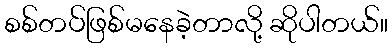
စစ်တပ်ဖြစ်မနေခဲ့တာလို့ ဆိုပါတယ်။